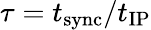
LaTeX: \tau=t_{\mathrm{sync}}/t_{\mathrm{IP}}